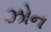
ઝોન